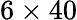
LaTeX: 6\times 40